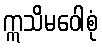
ဣသိမဝေါစုံ